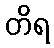
တိရ